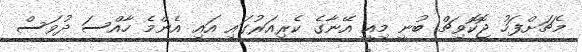
މެޗަށްފަހު ޖޮކޮވިޗް ބުނީ މިއީ އޭނާގެ ކެރިއަރުގައި އައި އެންމެ ހާއްސަ ދުވަސް